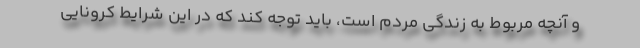
و آنچه مربوط به زندگی مردم است، باید توجه کند که در این شرایط کرونایی